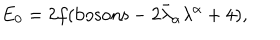
E _ { 0 } = 2 f ( \mathrm { b o s o n s } - 2 \bar { \lambda } _ { \alpha } \lambda ^ { \alpha } + 4 ) ,